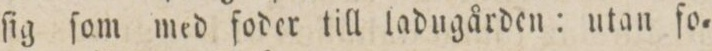
ſig ſom med foder till ladugården: utan ſo=